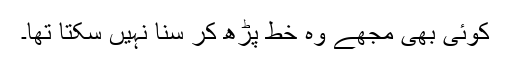
کوئی بھی مجھے وہ خط پڑھ کر سنا نہیں سکتا تھا۔